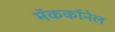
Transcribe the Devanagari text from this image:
मॅककॉनेल